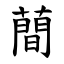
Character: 蕳